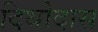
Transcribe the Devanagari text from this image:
दिथोदास